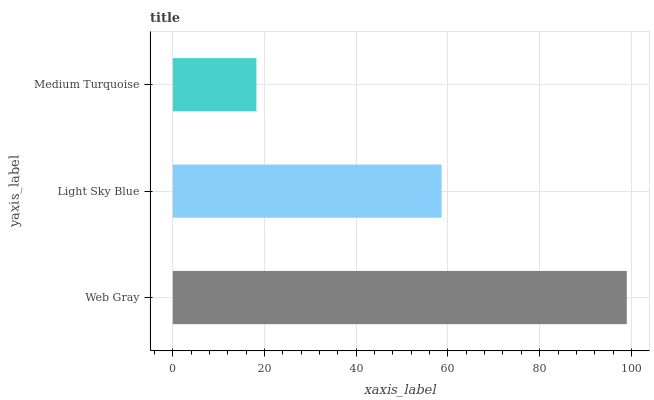
| yaxis_label | bars |
 | --- | --- |
 | Web Gray | 99 |
 | Light Sky Blue | 58.6 |
 | Medium Turquoise | 18.2 |